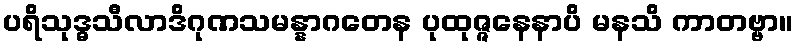
ပရိသုဒ္ဓသီလာဒိဂုဏသမန္နာဂတေန ပုထုဇ္ဇနေနာပိ မနသိ ကာတဗ္ဗာ။